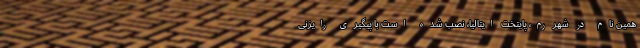
همین نام در شهر رم، پایتخت ایتالیا، نصب شده است با پیگیری رایزنی